Jaan_Tonisson_(Lasteleht), lk 256
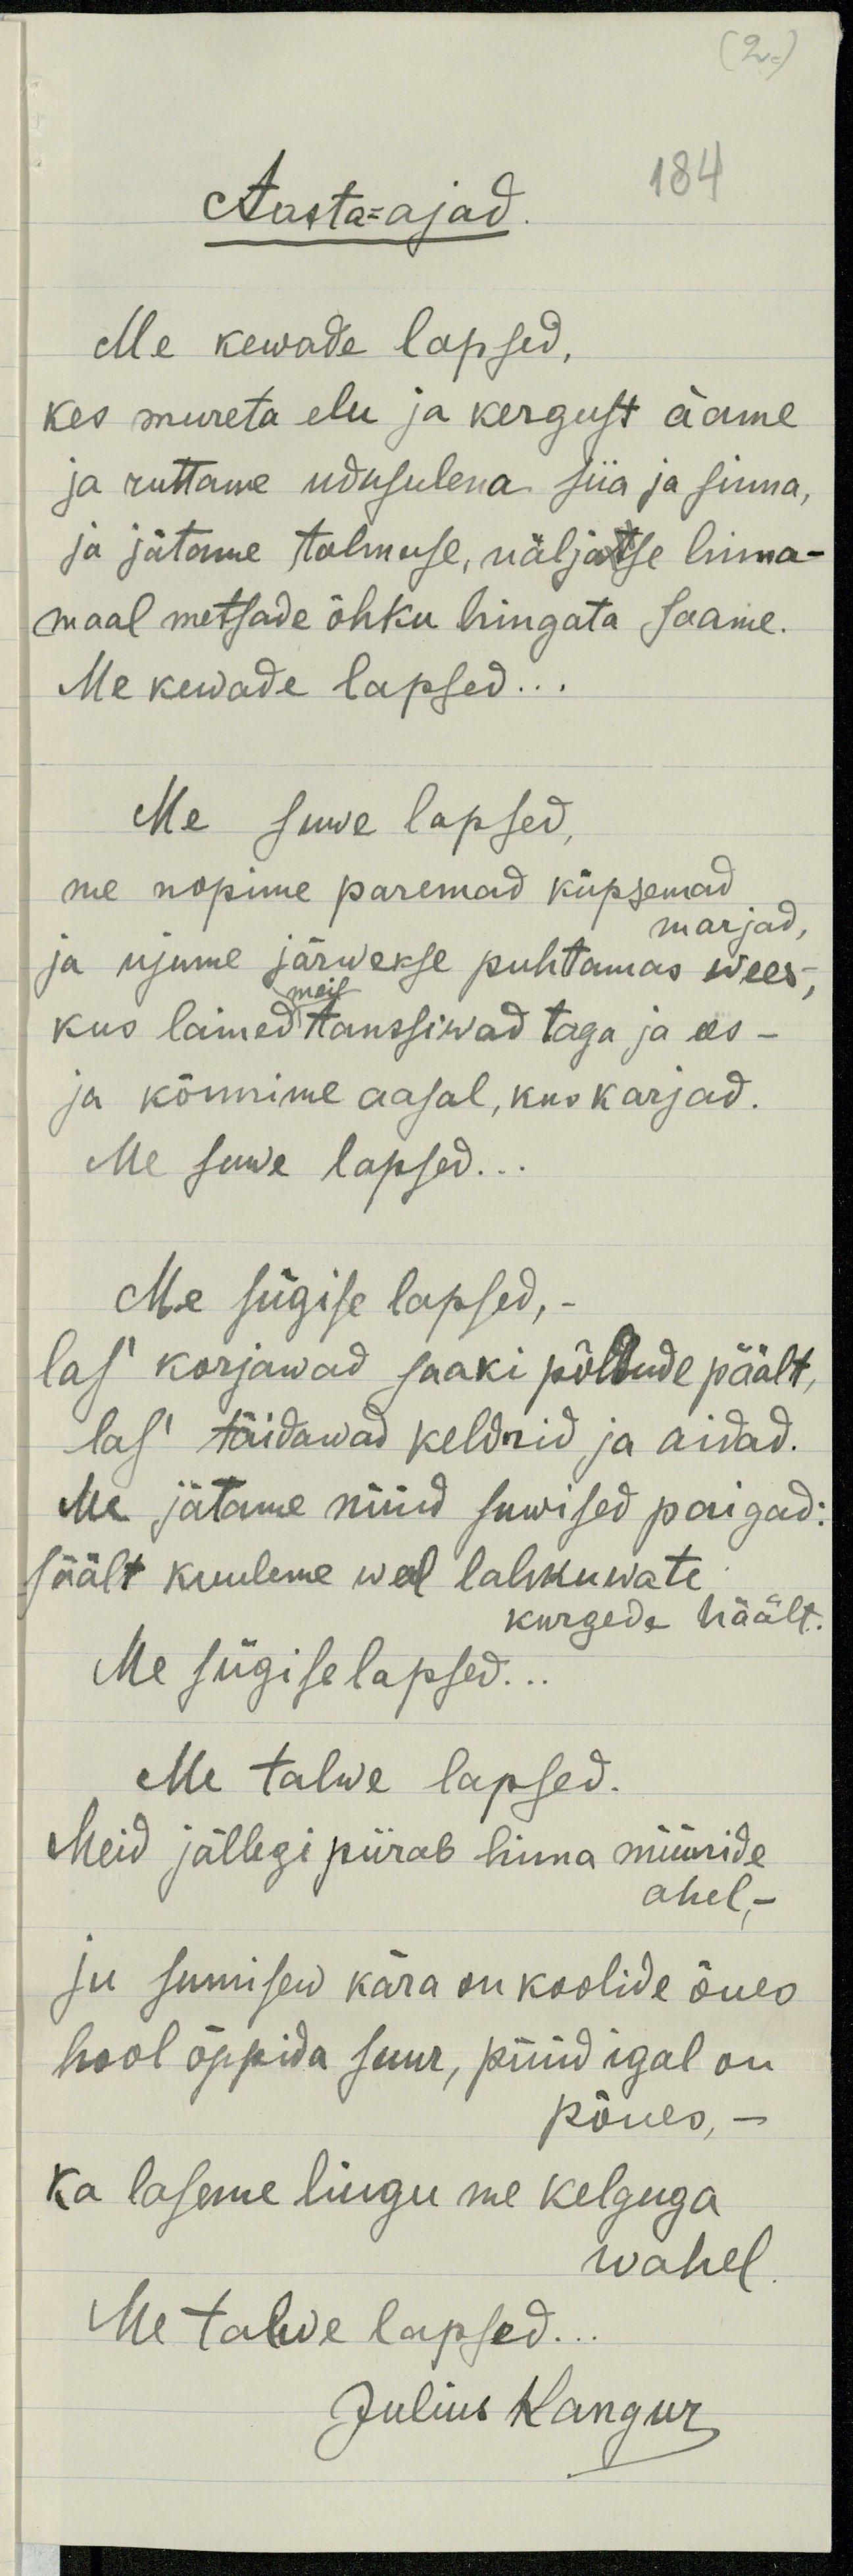
(2.)
Aasta-ajad
184
Me kewade lapsed,
kes mureta elu ja kergust a'ame
ja ruttame udusulena siia ja sinna,
ja jätame tolmuse, näljatse linna-
maal metsade õhku hingata saame.
Me kewade lapsed...
Me suwe lapsed,
me nopime paremad küpsemad
marjad,
ja ujume järwekse puhtamas wees;
meil
kus lained tanssiwad taga ja ees-
ja kõnnime aasal, kus karjad.
Me suwe lapsed...
Me sügise lapsed,
las' korjawad saaki põllude päält,
las' täidawad keldrid ja aidad.
Me jätame nüüd suwised paigad:
säält kuuleme weel lahkuwate
kurgede häält.
Me sügise lapsed...
Me talwe lapsed.
Meid jällegi piirab linna müüride
ahel.
ju sumisew kära on koolide õues
hool õppida suur, püüd igal on
põues,
ka laseme liugu me kelguga
wahel
Me talwe lapsed..
Julius Kangur